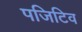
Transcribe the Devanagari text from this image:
पजिटिव